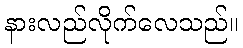
နားလည်လိုက်လေသည်။